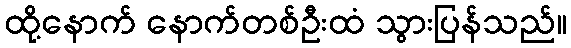
ထို့နောက် နောက်တစ်ဦးထံ သွားပြန်သည်။